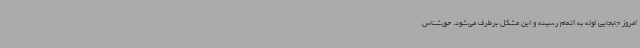
امروز جابجایی لوله به اتمام رسیده و این مشکل برطرف می‌شود. حق‌شناس